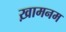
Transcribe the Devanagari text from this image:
ख़ामनम